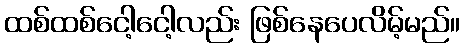
ထစ်ထစ်ငေါ့ငေါ့လည်း ဖြစ်နေပေလိမ့်မည်။